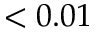
< 0 . 0 1